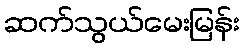
ဆက်သွယ်မေးမြန်း